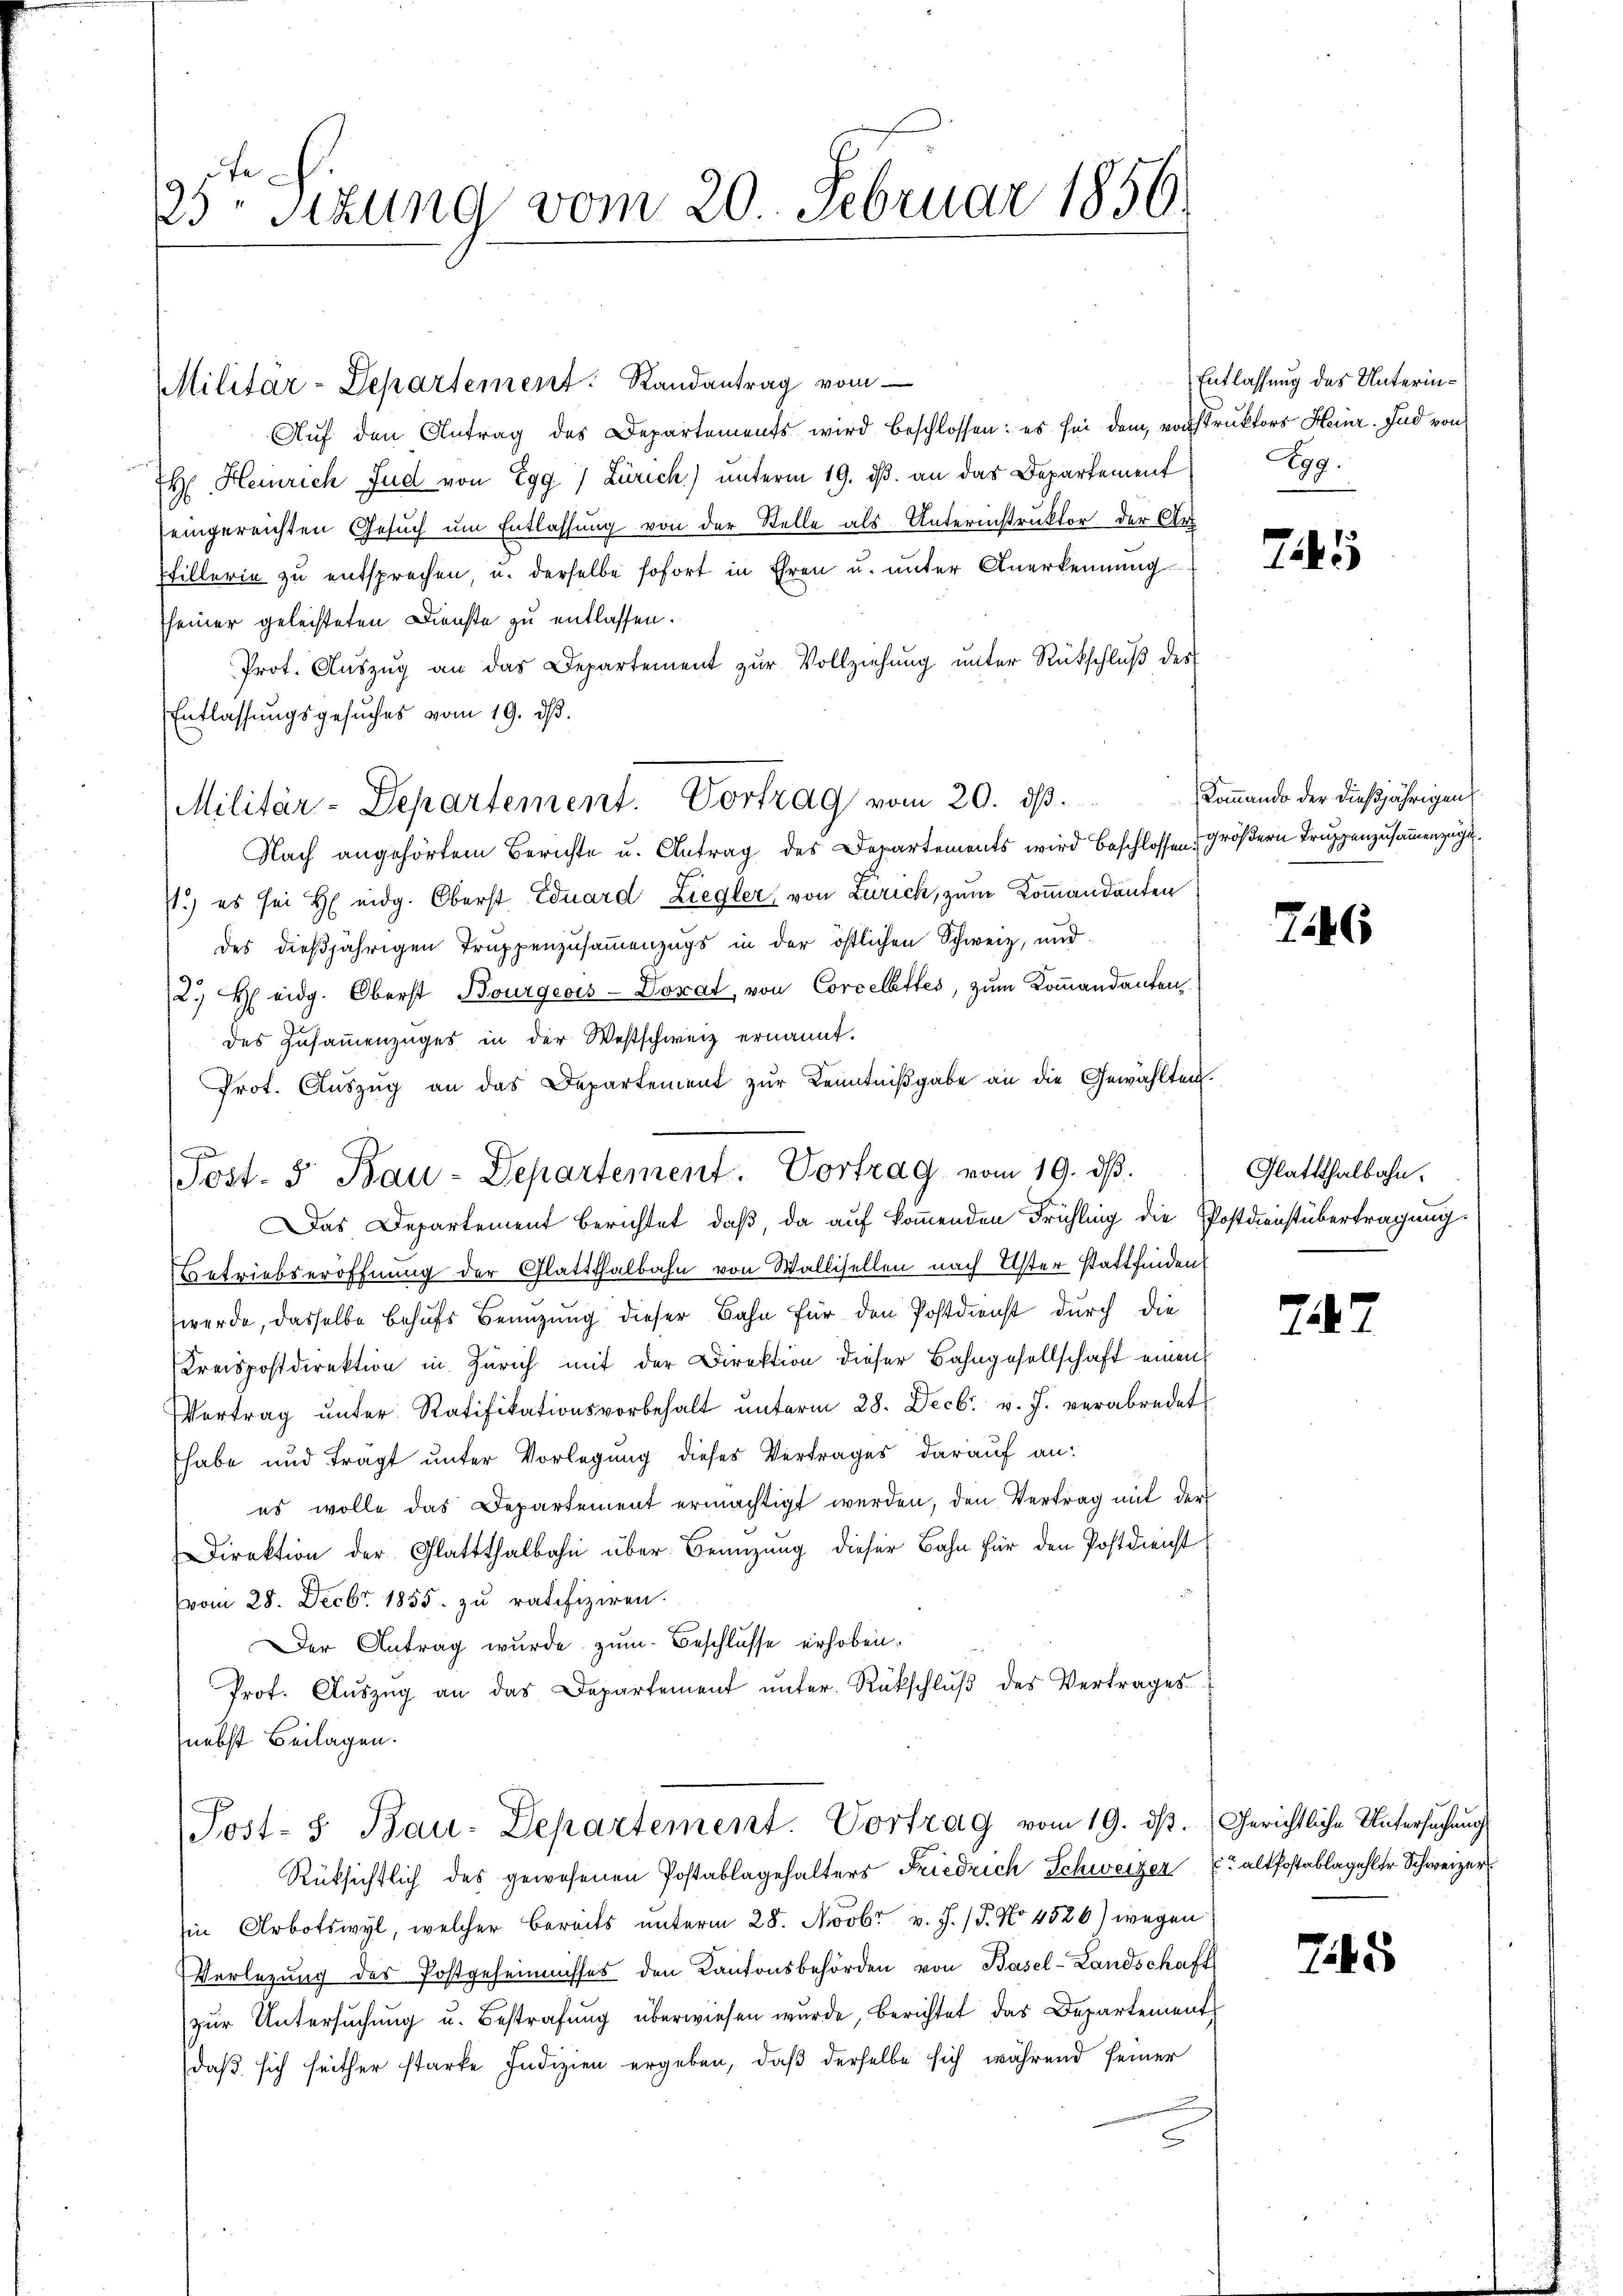
25ten Sizung vom 20. Februar 1856.

Militar-Departement: Randantrag vom

Auf den Antrag des Departements wird beschlossen: es sei dem vonstruktors Heinr. und von
H Heinrich Jud von Egg ) Zürich) unterm 19. ds. an das Departement
eingereichten Gesuch um Entlassung von der Stelle als Unterinstruktor der Art
Pfillerin zu entsprechen, u. derselbe sofort in Ehren u. unter Anerkennung
seiner geleisteten Dienste zu entlassen.
Prot. Auszug an das Departement zur Vollziehung unter Rückschluß des
Entlassungsgesuches vom 19. dβ.
Nach angehörtem Berichte u. Antrag des Departements wird beschlossen Größern Truppenzusammenzuge¬
71.) es sei H. eidg. Oberst Eduard Ziegler von Zürich, zum Kommandanten
des dießjährigen Truppenzusammenzugs in der östlichen Schweiz, und
2.) Heidg. Oberst Bourgeois-Dorat, von Corcelettes, zum Kommandanten,
des Zusammenzuges in der Westschweiz ernannt.
Prot. Auszug an das Departement zur Kenntnißgabe an die Gewählten.
|
Das Departement berichtet, daß, da auf kommenden Frühling die Postdienstübertragung.
Betriebseröffnung der Glattthalbahn von Wallisellen nach Uster stattfinden
werde, dasselbe behufs Benuzung dieser Bahn für den Postdienst durch die
Kreispostdirektion in Zürich mit der Direktion dieser Bahngesellschaft einen
Vertrag ŭnter Ratifikationsvorbehalt ŭnterm 28. Decbr. v. J. verabredet
habe und Trägt unter Vorlegung dieses Vertrages darauf an:
es wolle das Departement ermächtigt werden, den Vertrag mit der
Direktion der Glattthalbahn über Beanzung dieser Bahn für den Postdienst
vom 28. Decbr. 1855. zu ratifiziren.
Der Antrag wurde zum Beschlusse erhoben.
Prot. Aŭszŭg an das Departement ŭnter. Rückschlŭβ des Vertrages.
nebst Beilagen.
Post- u Bau-Departement. Vortrag vom 19. ds.
Rüksichtlich des gewesenen Postablagehalters Friedrich Schweizer (altfostablagehler Schweizer
Ein Arbotswyl, welcher bereits unterm 28. Novbr v. J. P. No 4526) wegen
Verlegung des Postgeheimisses den Kantonsbehörden von Basel-Landschaft
zur Untersuchung u. Bestrafung überwiesen wurde, berichtet das Departement
daß sich seither starke Indizien ergeben, daß derselbe sich während seiner

Militär-Departement. Vortrag vom 20. ds.

Sost- 5. Bau-Departement. Vortrag vom 19. dβ.

Entlassung des Unterin¬
199.

7145

Kommando der dießjährigen

786

Glattthalbahn.

726

Gerichtliche Untersuchung

7145